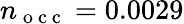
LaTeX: n_{\mathrm{~o~c~c~}}=0.0029